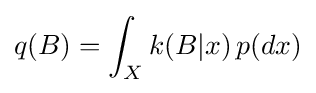
q(B)=\int _{X}k(B|x)\,p(dx)